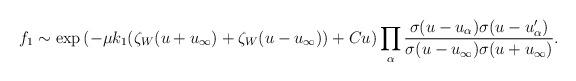
LaTeX: \begin{align*}f_1\sim\exp\left(-\mu k_1(\zeta_W(u+u_\infty)+\zeta_W(u-u_\infty))+Cu\right)\prod_\alpha \frac{\sigma(u-u_\alpha)\sigma(u-u'_\alpha)}{\sigma(u-u_\infty)\sigma(u+u_\infty)}.\end{align*}